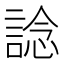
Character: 諗